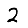
Digit: 2